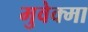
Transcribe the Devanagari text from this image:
मुवेक्मा